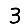
Digit: 3